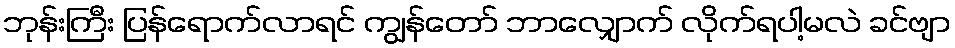
ဘုန်းကြီး ပြန်ရောက်လာရင် ကျွန်တော် ဘာလျှောက် လိုက်ရပါ့မလဲ ခင်ဗျာ